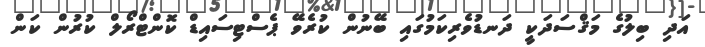
އަދި ބިލުގެ މަޤްސަދަކީ ދަނޑުވެރިކަމުގައި ބޭނުން ކުރެވޭ ޕެސްޓިސައިޑް ކޮންޓްރޯލް ކުރުން ކަން